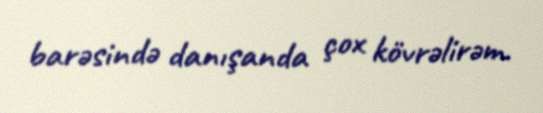
barəsində danışanda çox kövrəlirəm.